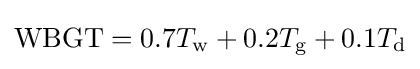
\mathrm {WBGT} =0.7T_{\mathrm {w} }+0.2T_{\mathrm {g} }+0.1T_{\mathrm {d} }